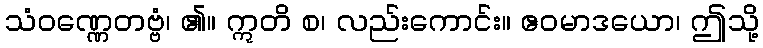
သံဝဏ္ဏေတဗ္ဗံ၊ ၏။ ဣတိ စ၊ လည်းကောင်း။ ဧဝမာဒယော၊ ဤသို့